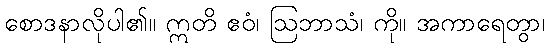
စောဒနာလိုပါ၏။ ဣတိ ဧဝံ၊ ဩဘာသံ၊ ကို။ အကာရေတွာ၊